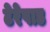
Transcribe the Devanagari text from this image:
टेरेपाड